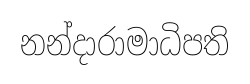
නන්දාරාමාධිපති